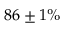
8 6 \pm 1 \%